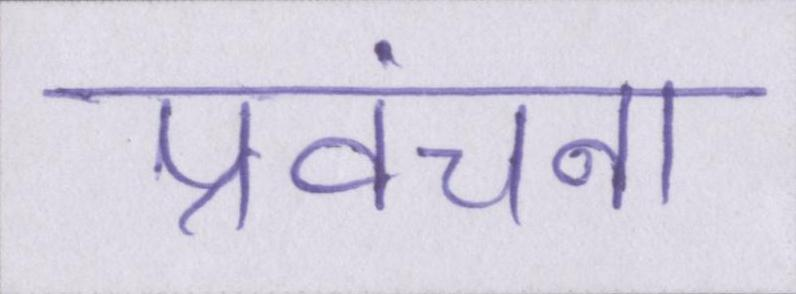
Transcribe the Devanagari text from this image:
प्रवंचना